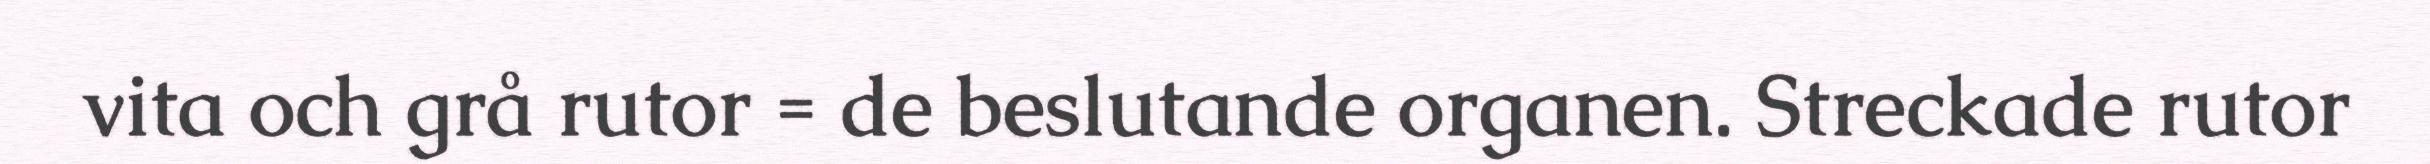
vita och grå rutor = de beslutande organen. Streckade rutor